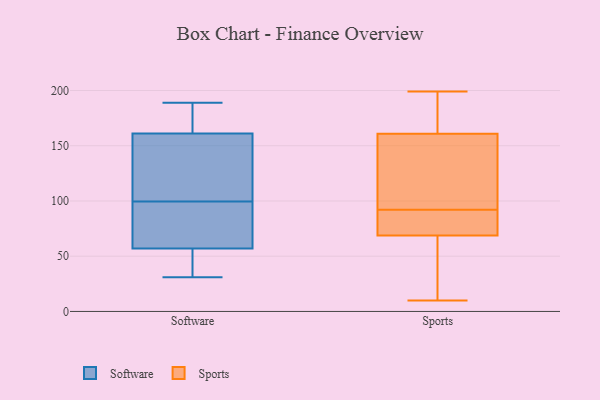
{"axis": {"x": "Humidity (%)", "y": "Value"}, "legend": ["Software", "Sports"], "data": [{"x": "", "y": 185, "type": "Software"}, {"x": "", "y": 103, "type": "Software"}, {"x": "", "y": 31, "type": "Software"}, {"x": "", "y": 43, "type": "Software"}, {"x": "", "y": 96, "type": "Software"}, {"x": "", "y": 161, "type": "Software"}, {"x": "", "y": 189, "type": "Software"}, {"x": "", "y": 158, "type": "Software"}, {"x": "", "y": 57, "type": "Software"}, {"x": "", "y": 77, "type": "Software"}, {"x": "", "y": 67, "type": "Software"}, {"x": "", "y": 43, "type": "Software"}, {"x": "", "y": 181, "type": "Software"}, {"x": "", "y": 129, "type": "Software"}, {"x": "", "y": 64, "type": "Sports"}, {"x": "", "y": 186, "type": "Sports"}, {"x": "", "y": 199, "type": "Sports"}, {"x": "", "y": 90, "type": "Sports"}, {"x": "", "y": 86, "type": "Sports"}, {"x": "", "y": 26, "type": "Sports"}, {"x": "", "y": 92, "type": "Sports"}, {"x": "", "y": 83, "type": "Sports"}, {"x": "", "y": 197, "type": "Sports"}, {"x": "", "y": 171, "type": "Sports"}, {"x": "", "y": 115, "type": "Sports"}, {"x": "", "y": 15, "type": "Sports"}, {"x": "", "y": 103, "type": "Sports"}, {"x": "", "y": 130, "type": "Sports"}, {"x": "", "y": 10, "type": "Sports"}]}